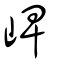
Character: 崥